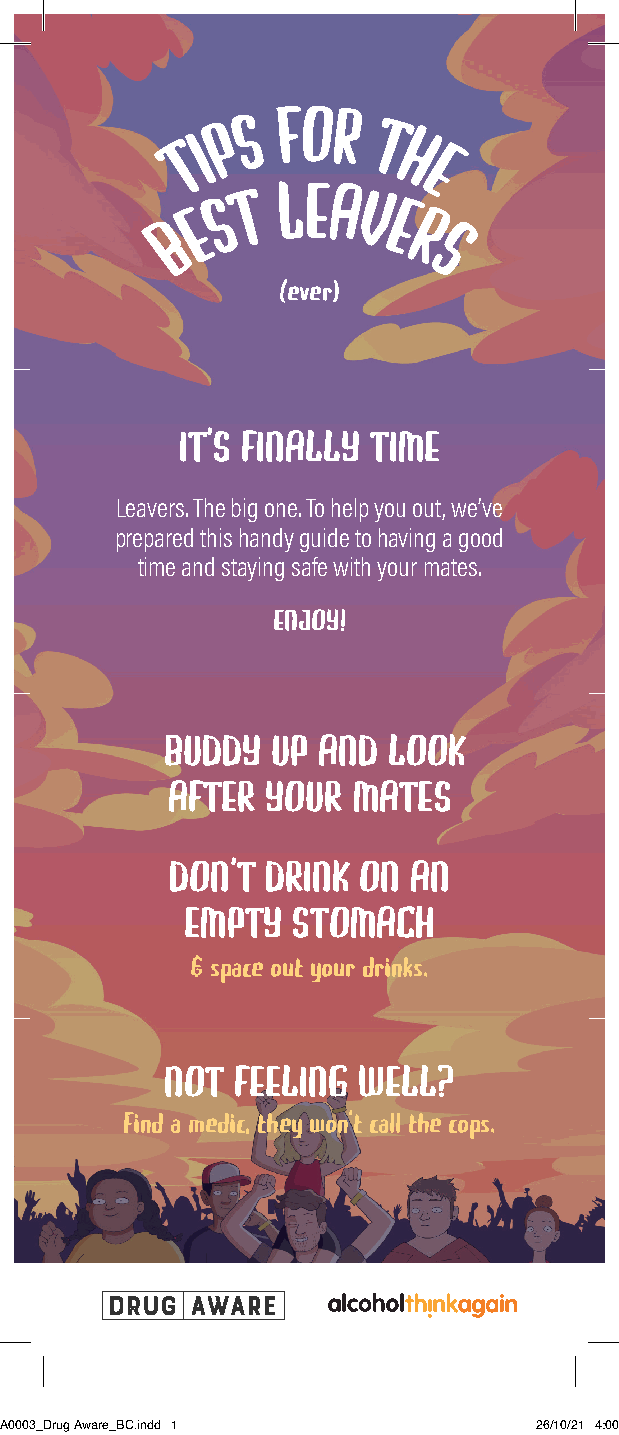
(ever)
 IT’S FINALLY TIME
 Leavers. The big one. To help you out, we’ve
 prepared this handy guide to having a good
 time and staying safe with your mates.
 ENJOY!
 BUDDY  UP AND  LOOK
 AFTER  YOUR MATES
 DON’T  DRINK ON AN
 EMPTY  STOMACH
 & space out your drinks.
 NOT  FEELING WELL?
 Find a medic, they won’t call the cops.
 CCCCWWAA00000033__DDrruugg AAwwaarree__BBCC..iinndddd 11 2266//1100//2211 44::0000 ppmm